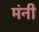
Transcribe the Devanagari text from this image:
मंनी